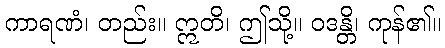
ကာရဏံ၊ တည်း။ ဣတိ၊ ဤသို့။ ဝဒန္တိ၊ ကုန်၏။